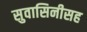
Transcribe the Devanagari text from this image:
सुवासिनीसह